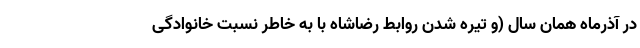
در آذرماه همان سال (و تیره شدن روابط رضاشاه با به خاطر نسبت خانوادگی